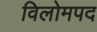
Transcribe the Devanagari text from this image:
विलोमपद